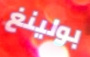
بولينغ